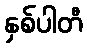
နှစ်ပါတီ